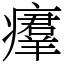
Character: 㿏